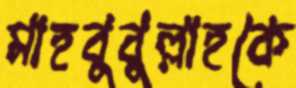
মাহবুবুল্লাহকে